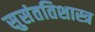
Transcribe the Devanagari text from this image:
सुसंततिशास्त्र